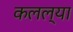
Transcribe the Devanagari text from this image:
कलल्या